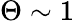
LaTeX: \Theta\sim 1